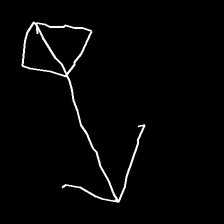
Glyph: focus